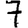
Digit: 7